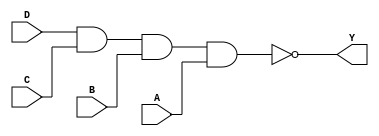
module sky130_fd_sc_hd__nand4_1 (
    Y,
    A,
    B,
    C,
    D
);
    output Y;
    input  A;
    input  B;
    input  C;
    input  D;
    wire nand0_out_Y;
    nand nand0 (nand0_out_Y, D, C, B, A     );
    buf  buf0  (Y          , nand0_out_Y    );
endmodule